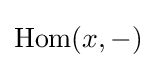
\operatorname {Hom} (x,-)